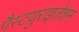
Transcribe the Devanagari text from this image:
पैस्टयुराइज़ेशन